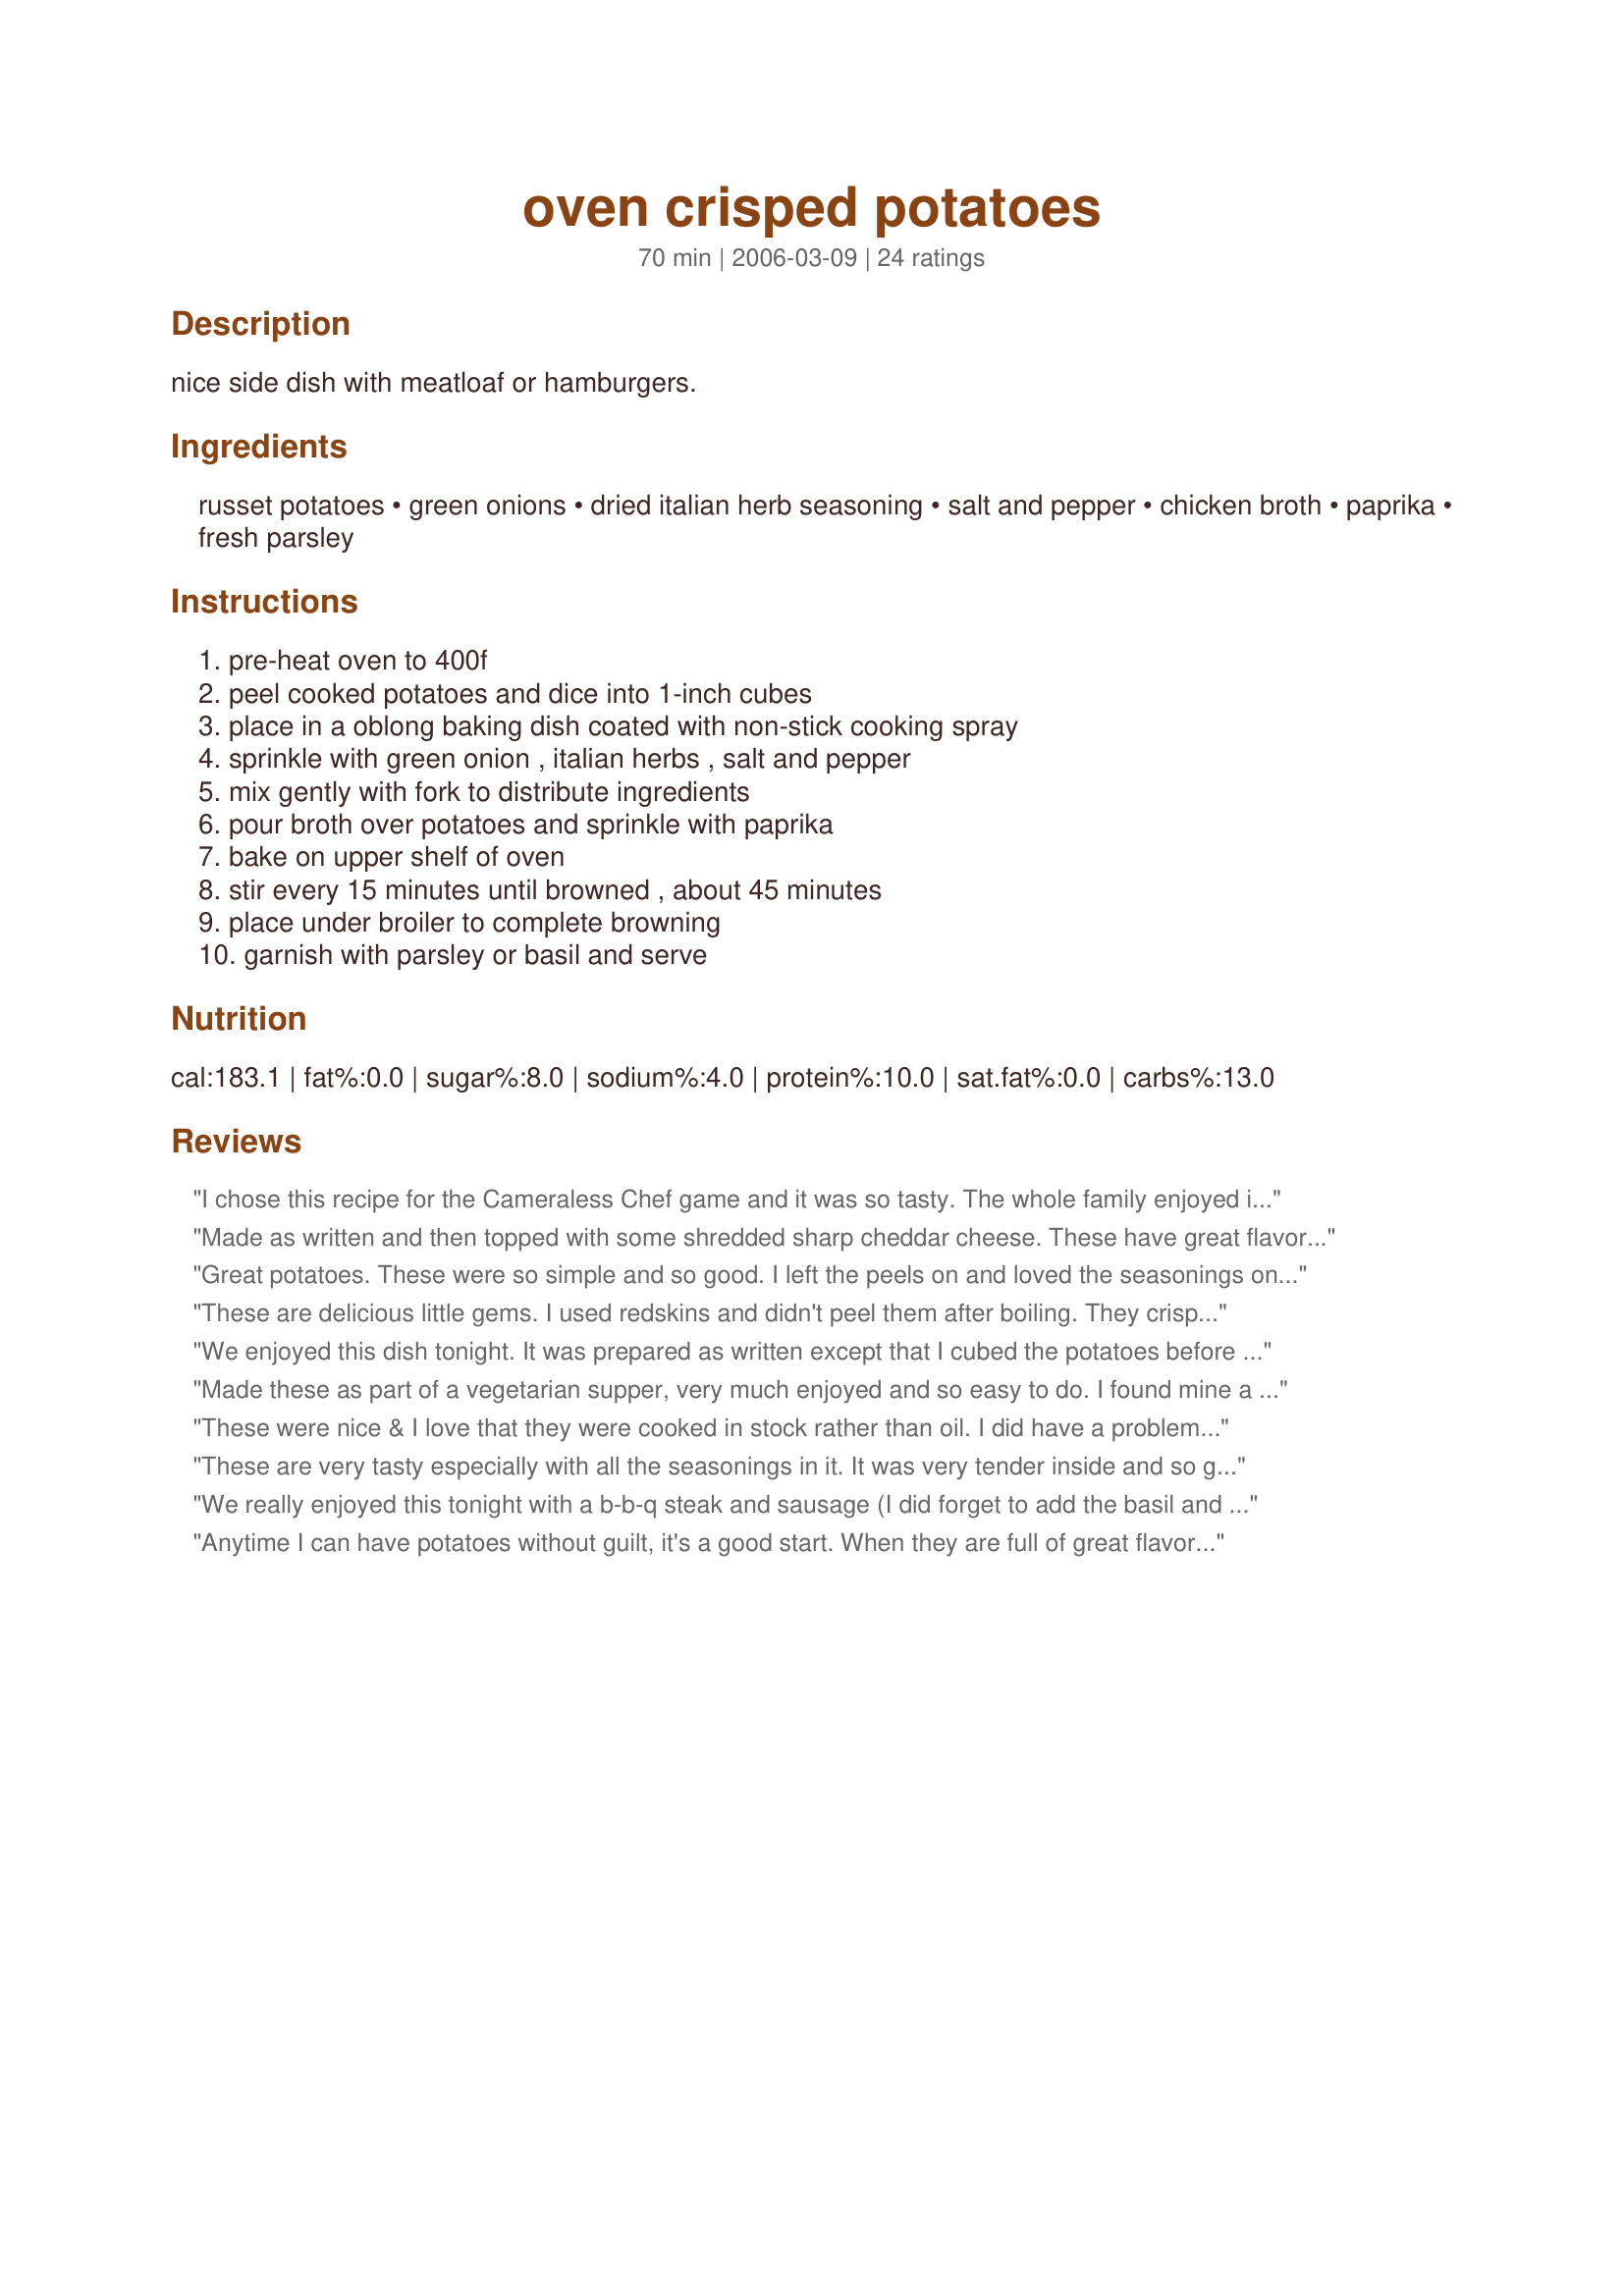
oven crisped potatoes
Preparation time: 70 minutes

nice side dish with meatloaf or hamburgers.

Ingredients:
russet potatoes, green onions, dried italian herb seasoning, salt and pepper, chicken broth, paprika, fresh parsley

Steps:
pre-heat oven to 400f, peel cooked potatoes and dice into 1-inch cubes, place in a oblong baking dish coated with non-stick cooking spray, sprinkle with green onion , italian herbs , salt and pepper, mix gently with fork to distribute ingredients, pour broth over potatoes and sprinkle with paprika, bake on upper shelf of oven, stir every 15 minutes until browned , about 45 minutes, place under broiler to complete browning, garnish with parsley or basil and serve

Reviews:
I chose this recipe for the Cameraless Chef game and it was so tasty. The whole family enjoyed it. Great side dish for me because I love potatoes any way you can prepare them and this one was no exception. Thanks again mikekey.
Made as written and then topped with some shredded sharp cheddar cheese. These have great flavor and I liked the garnish of parsley to give them that fresh flavor. Made for 2012 Football Pool win.
Great potatoes. These were so simple and so good. I left the peels on and loved the seasonings on these. Thanks Mikekey for a nice keeper. Congrats again on your Football Pool win.
These are delicious little gems. I used redskins and didn't peel them after boiling. They crisp up so nicely in the oven and have tons of flavor. Thanks for this keeper Mikey. Made for Holiday Appetizers and Sides in KK's forum.
We enjoyed this dish tonight. It was prepared as written except that I cubed the potatoes before boiling them so that they would cook faster and I didn't remove the peel before roasting in the oven. I did have to add a bit more chicken broth while it was cooking and I didn't bother browning it under the broiler as it was already nicely browned. Made for Everyday is a Holiday Tag.
Made these as part of a vegetarian supper, very much enjoyed and so easy to do. I found mine a little salty, but I eat very little salt. Another time I would omit the 'salt & pepper to taste', and just go with the chicken broth. Kept an eye on them to make sure I got beautifully crisp potatoes.
A treat for the family, since I do not cook potatoes all the time! :D

Thanks, Mikekey, made for I Recommend Tag game.
These were nice & I love that they were cooked in stock rather than oil. I did have a problem with the stock evaporating & the potatoes beginning to stick so had to add more stock but these were lovely, thanks!
These are very tasty especially with all the seasonings in it. It was very tender inside and so good that DH got everything after I took a few bites. Went well with Recipe #266472. Thanks for sharing! Made for Aus Recipe Swap #27.
We really enjoyed this tonight with a b-b-q steak and sausage (I did forget to add the basil and oregano I had chopped up :oops: and used an extra 1/4 cup of stock (broth) in the second 15 minutes and the potatoes were roasted perfectly, crispy on the outside and soft pillows on the inside. Thank you mikekey, made for Everyday is a Holiday.
Anytime I can have potatoes without guilt, it's a good start. When they are full of great flavor and a crispy bite all the better. After starting this I realized my stash of green onions was no longer usable and made a quick substitution of finely diced red onions. Also since I was serving these with a Greek marinated chicken, I used a combination of fresh oregano and basil in the garnish. The technique here is great and I can see using an endless set of flavor combinations with good results (a mesquite blend of spices with cilantro is on my list). Thanks!
These potatoes went really well with a meat loaf and green salad. The seasonings add a nice flavour to the dish. Made for Zaar Stars
This recipe turned out great! DH said this is now his favorite way to have potatoes. I love that the recipe isn&#039;t high in fat and really loved the way they crisped up at the end. I&#039;m looking forward to making these again with other herbs and maybe some onion. Thanks for sharing the recipe.
I love this dish. It was quick and easy to put together. Had tremendous flavour and was good for you. It perfectly complimented the beef stew we had for dinner tonight. Thanks so much for sharing Mikekey.
I served these potatoes with steak for dinner. The potatoes had a nice flavor. It was nice to have a different kind of potato instead of mashed. It did take a little longer to make, but it was worth it. I will be making these again. Mae for I Recommend Tag.
Very good potatoes and a nice change of pace from mashed or french fries. I love green onion so added a bit more and garnished with parsley. So easy to make and a light side dish for summer.
Excellent potato dish. These have a nice crunch to them and a wonderful flavor. I almost forgot to cook the potatoes ahead of time. These are a bit time consuming, not a quick fix. But well worth the effort and the wait. Thanks for posting. :)
We loved these potatoes! Did not peel the potatoes before cutting into cubes and doubled the green onions, love them. Boiling them before baking them made for a tender wonderful potato and the seasonings were perfect. Will be making these again! Thank you hon for sharing this recipe with us! Made and reviewed for the I Recommend tag game.
I made these with baked chicken and they were very tasty. I followed the recipe exactly as stated and it was a pretty simple recipe. Thanks for the recipe!
I'm sorry to say this didn't turn out good for me at all. The potatoes were very dry and over-cooked. The extra step of boiling them first, and then putting them under the broiler really killed them. I prefer just roasting cut-up potatoes with herbs, onions and olive oil in a baking dish, much easier and quicker without drying them out.
I used raw fingerling potatoes that I 1/4`d lengthwise to make wedges. used my Recipe #186936 for the Italian seasoning! Very good! We enjoyed this as a snack watching a movie!!!
Made this using garden fresh potatoes, it was so good. An excellent recipe making for a great tasting potato dish. Thank you for posting a recipe that already has requests for a repeat.
Yummy! Definitely worth the little extra work. I added some olive oil to it during the last 15 minutes, as they started sticking to the pan. Absolutely wonderful - change it up a bit - recipe. Thanks for posting.
Made for Every Day is a Holiday Tag Game.
These were good! Mine were a little dry, but I think I boiled them too long, so that's more my fault than the recipe. But they had a good flavor and oh so easy to make! Thanks for posting this...we will be making again! And congrats on the football pool win!
I boiled the potatoes whole and then cut them into wedges leaving the flesh on, otherwise I followed the recipe as listed. These are crispy on the outside and soft in the middle, so yummy. Thanks for sharing your lovely recipe.
